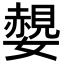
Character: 𡣅